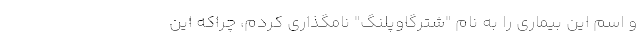
و اسم این بیماری را به نام "شترگاوپلنگ" نامگذاری کردم، چراکه این